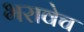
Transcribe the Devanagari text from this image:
भरावेच